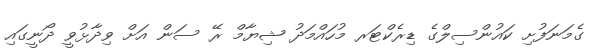
ގެމަނަފުށި ކައުންސިލްގެ ޑިރެކްޓަރ މުހައްމަދު ޝިޔާމް ރޭ ސަން އަށް ވިދާޅުވީ ދޯނީގައި